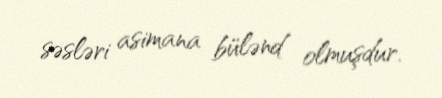
səsləri asimana bülənd olmuşdur.